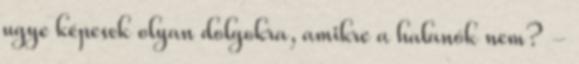
ugye képesek olyan dolgokra, amikre a halanók nem? -